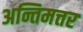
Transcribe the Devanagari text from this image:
अन्तिमत्तर